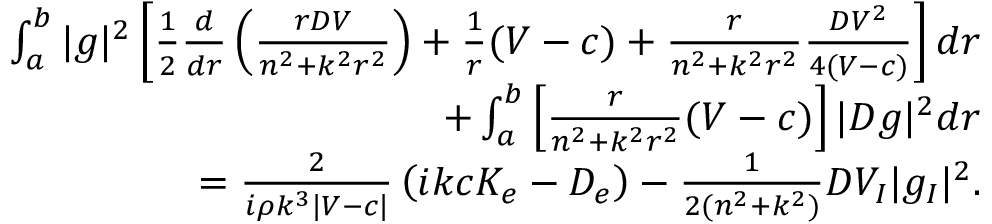
\begin{array} { r } { \int _ { a } ^ { b } | g | ^ { 2 } \left[ \frac { 1 } { 2 } \frac { d } { d r } \left( \frac { r D V } { n ^ { 2 } + k ^ { 2 } r ^ { 2 } } \right) + \frac { 1 } { r } ( V - c ) + \frac { r } { n ^ { 2 } + k ^ { 2 } r ^ { 2 } } \frac { D V ^ { 2 } } { 4 ( V - c ) } \right] d r } \\ { + \int _ { a } ^ { b } \left[ \frac { r } { n ^ { 2 } + k ^ { 2 } r ^ { 2 } } ( V - c ) \right] | D g | ^ { 2 } d r } \\ { = \frac { 2 } { i \rho k ^ { 3 } | V - c | } \left( i k c K _ { e } - D _ { e } \right) - \frac { 1 } { 2 ( n ^ { 2 } + k ^ { 2 } ) } D V _ { I } | g _ { I } | ^ { 2 } . } \end{array}